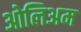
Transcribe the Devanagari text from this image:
ओलिअम